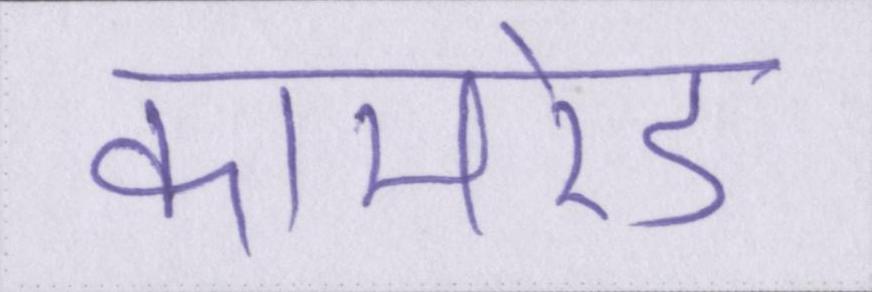
कामरेड